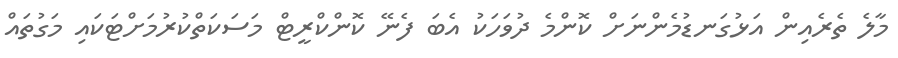
މާލެ ތެރެއިން އަޅުގަނޑުމެންނަށް ކޮންމެ ދުވަހަކު އެބަ ފެނޭ ކޮންކްރީޓް މަސަކަތްކުރުމަށްޓަކައި މަގުތައް